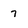
Character: 7